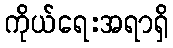
ကိုယ်ရေးအရာရှိ